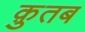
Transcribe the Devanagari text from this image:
क़ुतब